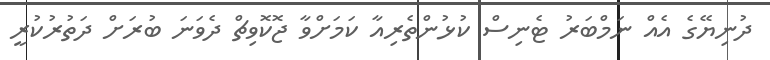
ދުނިޔޭގެ އެއް ނަމްބަރު ޓެނިސް ކުޅުންތެރިއާ ކަމަށްވާ ޖޮކޮވިޗް ދެވަނަ ބުރަށް ދަތުރުކުރީ